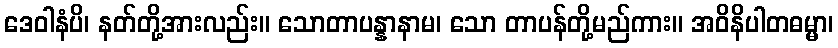
ဒေဝါနံပိ၊ နတ်တို့အားလည်း။ သောတာပန္နာနာမ၊ သော တာပန်တို့မည်ကား။ အဝိနိပါတဓမ္မာ၊